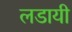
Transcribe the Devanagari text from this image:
लडायी